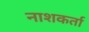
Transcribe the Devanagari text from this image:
नाशकर्ता